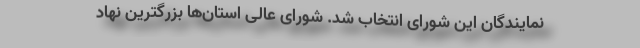
نمایندگان این شورای انتخاب شد. شورای عالی استان‌ها بزرگترین نهاد